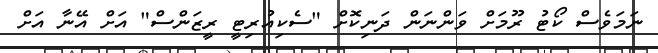
ނަމަވެސް ކޯޓު ރޫމަށް ވަންނަން ދަނިކޮށް "ސެކިއުރިޓީ ރީޒަންސް" އަށް އޭނާ އަށް